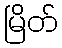
မြိတ်